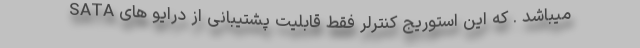
میباشد . که این استوریج کنترلر فقط قابلیت پشتیبانی از درایو های SATA